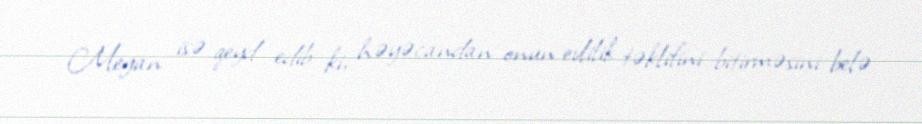
Megan isə qeyd edib ki, həyəcandan onun evlilik təklifini bitirməsini belə